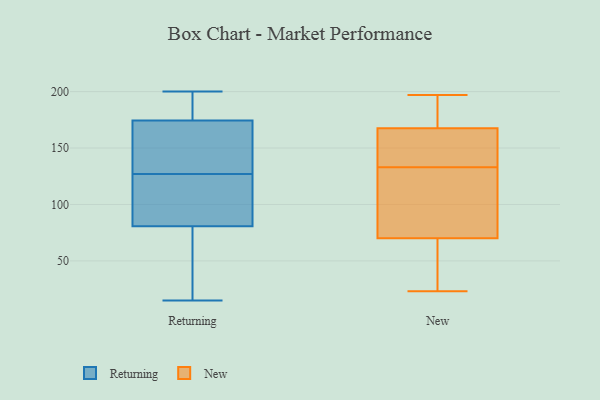
{"axis": {"x": "Satisfaction Score", "y": "Value"}, "legend": ["New", "Returning"], "data": [{"x": "", "y": 24, "type": "Returning"}, {"x": "", "y": 198, "type": "Returning"}, {"x": "", "y": 174, "type": "Returning"}, {"x": "", "y": 127, "type": "Returning"}, {"x": "", "y": 77, "type": "Returning"}, {"x": "", "y": 200, "type": "Returning"}, {"x": "", "y": 133, "type": "Returning"}, {"x": "", "y": 126, "type": "Returning"}, {"x": "", "y": 93, "type": "Returning"}, {"x": "", "y": 15, "type": "Returning"}, {"x": "", "y": 176, "type": "Returning"}, {"x": "", "y": 169, "type": "Returning"}, {"x": "", "y": 82, "type": "Returning"}, {"x": "", "y": 181, "type": "New"}, {"x": "", "y": 166, "type": "New"}, {"x": "", "y": 158, "type": "New"}, {"x": "", "y": 23, "type": "New"}, {"x": "", "y": 32, "type": "New"}, {"x": "", "y": 141, "type": "New"}, {"x": "", "y": 134, "type": "New"}, {"x": "", "y": 169, "type": "New"}, {"x": "", "y": 123, "type": "New"}, {"x": "", "y": 69, "type": "New"}, {"x": "", "y": 26, "type": "New"}, {"x": "", "y": 50, "type": "New"}, {"x": "", "y": 71, "type": "New"}, {"x": "", "y": 105, "type": "New"}, {"x": "", "y": 196, "type": "New"}, {"x": "", "y": 197, "type": "New"}, {"x": "", "y": 132, "type": "New"}, {"x": "", "y": 192, "type": "New"}, {"x": "", "y": 102, "type": "New"}, {"x": "", "y": 144, "type": "New"}]}